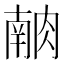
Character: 𰮶